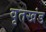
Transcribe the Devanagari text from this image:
वृतखंड